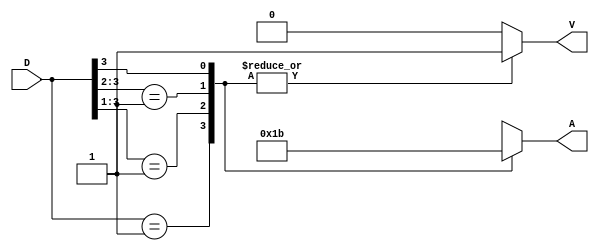
`timescale 1ns / 1ps
//////////////////////////////////////////////////////////////////////////////////
// Company: 
// Engineer: 
// 
// Design Name: 
// Module Name: priority_encoder
// Project Name: 
// Target Devices: 
// Tool Versions: 
// Description: 
// 
// Dependencies: 
// 
// Revision:
// Revision 0.01 - File Created
// Additional Comments:
// 
//////////////////////////////////////////////////////////////////////////////////


module priority_encoder(A, D, V);
input [3:0]D;
output reg [1:0]A;
output reg V;
always@(D)
    begin
    V = 1;
        casex(D)
            4'b0001:A = 2'b00;
            4'b001x:A = 2'b01;
            4'b01xx:A = 2'b10;
            4'b1xxx:A = 2'b11;
            default:begin
                        V = 0;
                        A = 2'bxx;
                    end
        endcase
    end
endmodule